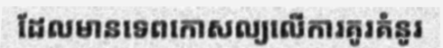
ដែលមានទេពកោសល្យលើការគូរគំនូរ